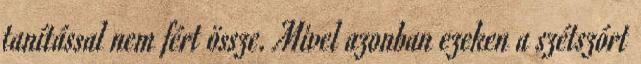
tanítással nem fért össze. Mivel azonban ezeken a szétszórt